Report on the working of the mental hospitals for Indians in Bihar and Orissa - 1925-1929
Year: 1925
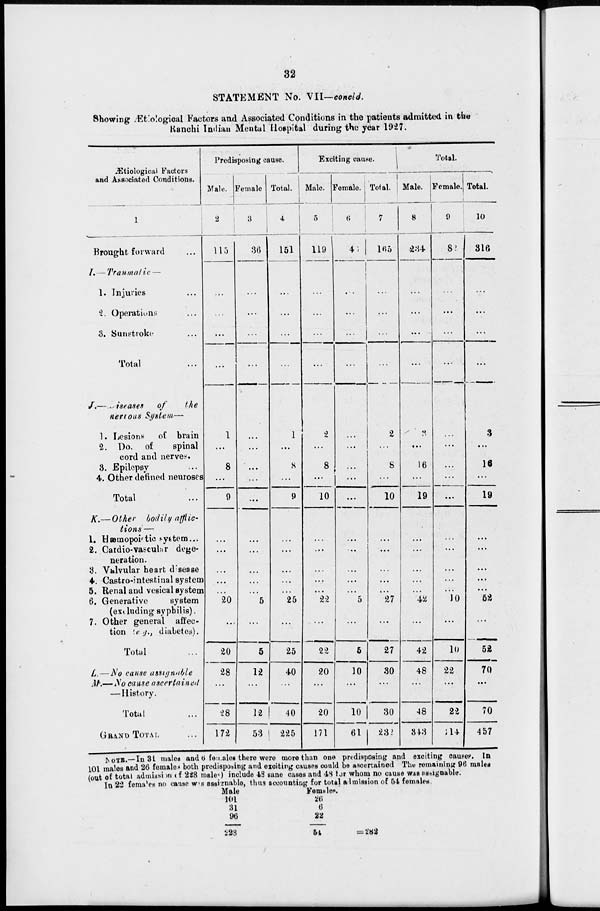
32
STATEMENT No. VII-concld.
Showing Ætiological Factors and Associated Conditions in the patients admitted in the
Ranchi Indian Mental Hospital during the year 1927.
Ætiological Factors
and Associated Conditions.
1
Brought forward ...
I.— Traumatic —
1. Injuries ...
2. Operations ...
3. Sunstroke ...
Total ...
J.—Diseases
of
the
nervous System—
1. Lesions
of brain
2. Do. of
spinal
cord and nerves.
3. Epilepsy ...
4. Other defined neuroses
Total ...
K.— Other bodily afflic-
tions—
1. Hæmopoitic system...
2. Cardio-vascular dege-
neration.
3. Valvular heart disease
4. Castro-intestinal system
5. Renal and vesical system
6. Generative
system
(excluding syphilis).
7. Other general affec-
tion (e.g., diabetes).
Total ...
L.—No cause assigable
M.—No cause ascertained
—History.
Total ...
GRAND TOTAL
Predisposing cause.
Male.
2
115
...
...
...
...
1
...
8
...
9
...
...
...
...
...
20
...
20
28
...
28
172
Female
3
36
...
...
...
...
...
...
...
...
...
...
...
...
...
...
5
...
5
12
...
12
53
Total.
4
151
...
...
...
...
1
...
8
...
9
...
...
...
...
...
25
...
25
40
...
40
225
Exciting cause.
Male.
5
119
...
...
...
...
2
...
8
...
10
...
...
...
...
...
22
...
22
20
...
20
171
Female.
6
46
...
...
...
...
...
...
...
...
...
...
...
...
...
...
5
...
5
10
...
10
61
Total.
7
165
...
...
...
...
2
...
8
...
10
...
...
...
...
...
27
...
27
30
...
30
232
Total.
Male.
8
234
...
...
...
...
3
...
16
...
19
...
...
...
...
...
42
...
42
48
...
48
343
Female.
9
82
...
...
...
...
...
...
...
...
...
...
...
...
...
...
10
...
10
22
...
22
114
Total.
10
316
...
...
...
...
3
...
16
...
19
...
...
...
...
...
52
...
52
70
...
70
457
NOTE.—In 31 males and 6 females there were more than one predisposing and exciting causer. In
101 males and 26 females both predisposing and exciting causes could be ascertained The remaining 96 males
(out of total admission of 228 males) include 43 sane cases and 48 tor whom no cause was assignable.
In 22 females no cause was assignable, thus accounting for total admission of 54 females.
Male
101
31
96
228
Females
26
6
22
51
= 282